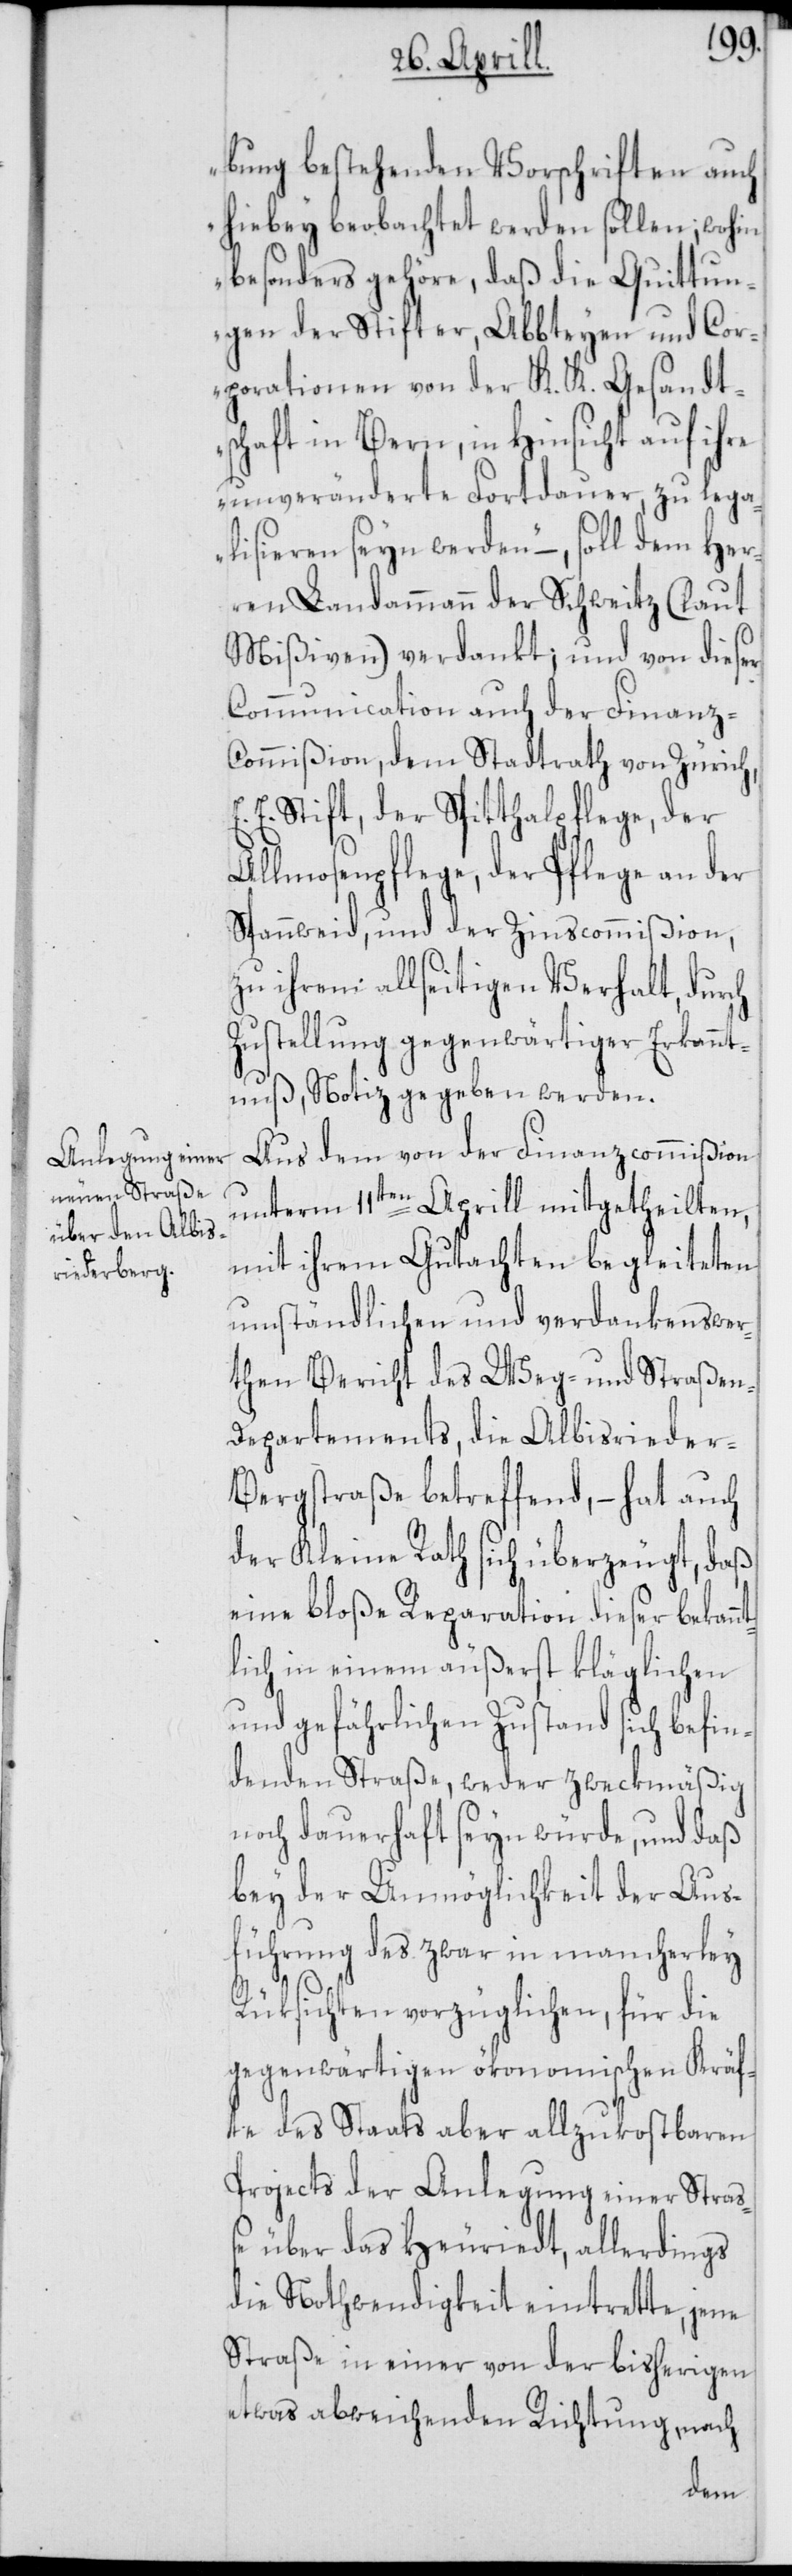
bung bestehenden Vorschriften auch
hiebey beobachtet werden sollen; wohin
besonders gehöre, daß die Quittun¬
gen der Stifter, Abbteyen und Cor¬
porationen von der K. K. Gesandt¬
schaft in Bern, in Hinsicht auf ihre
unveränderte Fortdauer, zu lega¬
lisieren seyn werden“ –, soll dem Her¬
ren Landammann der Schweitz (laut
Mißiven) verdankt; und von dieser
Communication auch der Finanz-C¬
ommißion, dem Stadtrath von Zürich,
E. Stift, der Spitthalpflege, der
Allmosenpflege, der Pflege an der
Spannweid, und der Zinscommißion,
zu ihrem allseitigen Verhalt, durch
Zustellung gegenwärtiger Erkannt¬
nuß, Notiz gegeben werden.
Aus dem von der Finanzcommißion
unterm 11ten Aprill mitgetheilten,
mit ihrem Gutachten begleiteten
umständlichen und verdankenswer¬
then Bericht des Weg- und Straßen-D¬
epartements, die Albisrieder-B¬
ergstraße betreffend, – hat auch
der Kleine Rath sich überzeugt, daß
eine bloße Reparation dieser bekann¬
tlich in einem äußerst kläglichen
und gefährlichen Zustand sich befin¬
denden Straße, weder zweckmäßig
noch dauerhaft seyn würde, und daß
bey der Unmöglichkeit der Aus¬
führung des zwar in mancherley
Rüksichten vorzüglichen, für die
gegenwärtigen ökonomischen Kräf¬
te des Staats aber allzukostbaren
Projects der Anlegung einer Stra¬
ße über das Heuriedt, allerdings
die Nothwendigkeit eintrette, jene
Straße in einer von der bisherigen
etwas abweichenden Richtung, nach